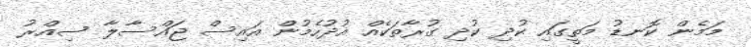
މަމެން ކޮނޑު މަތީގައި ކުދި ކުދި ގުރާތަކެއް އުދުހެމުން އައިސް ޖައްސާލާ ސިއްރު